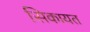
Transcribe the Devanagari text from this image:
सिकायत